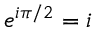
e ^ { i \pi / 2 } = i